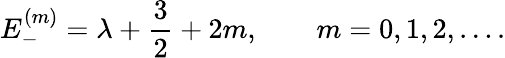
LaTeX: E_{-}^{(m)}=\lambda+{\frac{3}{2}}+2m,\qquad m=0,1,2,\ldots.